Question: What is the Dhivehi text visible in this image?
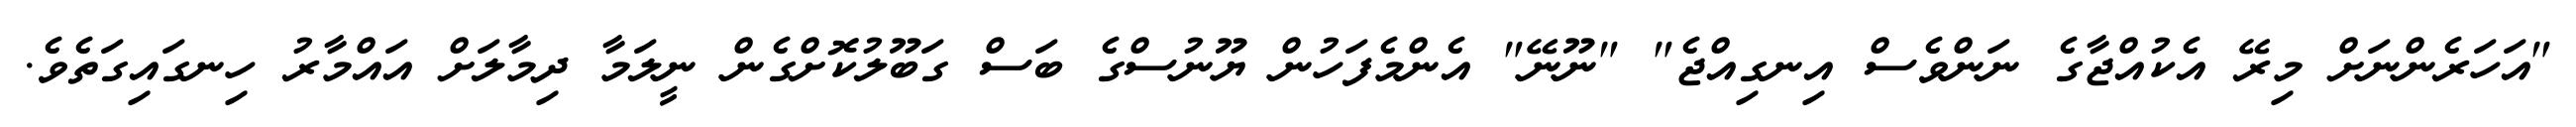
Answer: "އަހަރެންނަށް މިރޭ އެކުއްޖާގެ ނަންވެސް އިނގިއްޖެ" "ނޫނޭ" އެންމެފަހުން ޔޫނުސްގެ ބަސް ގަބޫލުކޮށްގެން ނީލަމާ ދިމާލަށް އައްމާރު ހިނގައިގަތެވެ.